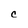
Character: C